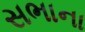
સભાના